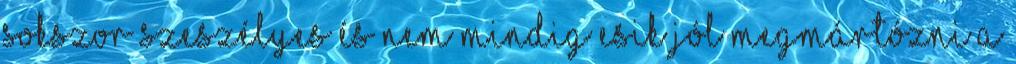
sokszor szeszélyes és nem mindig esik jól megmártózni a